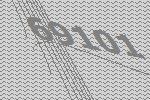
69101